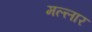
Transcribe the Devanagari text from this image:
मल्लार